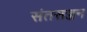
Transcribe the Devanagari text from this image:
संतसज्जन